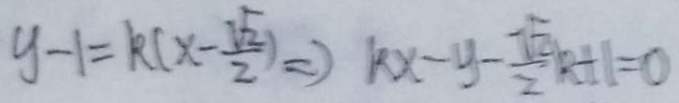
y - 1 = k ( x - \frac { \sqrt { 2 } } { 2 } \Rightarrow k x - y - \frac { \sqrt { 2 } } { 2 } k + 1 = 0